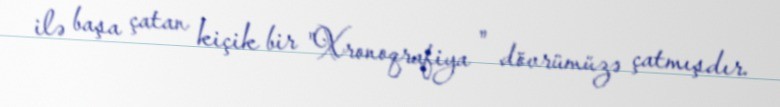
ilə başa çatan kiçik bir "Xronoqrafiya " dövrümüzə çatmışdır.